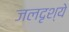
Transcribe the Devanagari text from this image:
जलदृश्ये